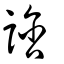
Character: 誝